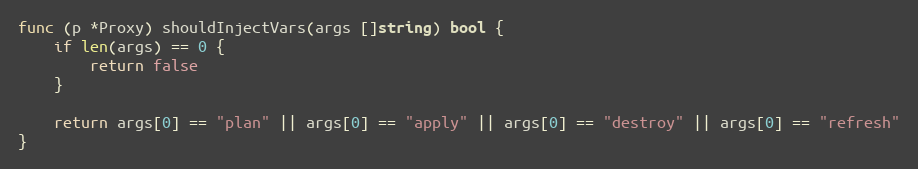
Language: Go
func (p *Proxy) shouldInjectVars(args []string) bool {
	if len(args) == 0 {
		return false
	}

	return args[0] == "plan" || args[0] == "apply" || args[0] == "destroy" || args[0] == "refresh"
}